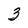
Character: 3